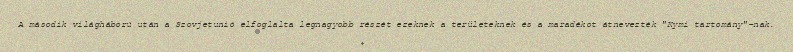
A második világháború után a Szovjetunió elfoglalta legnagyobb részét ezeknek a területeknek és a maradékot átnevezték "Kymi tartomány"-nak.